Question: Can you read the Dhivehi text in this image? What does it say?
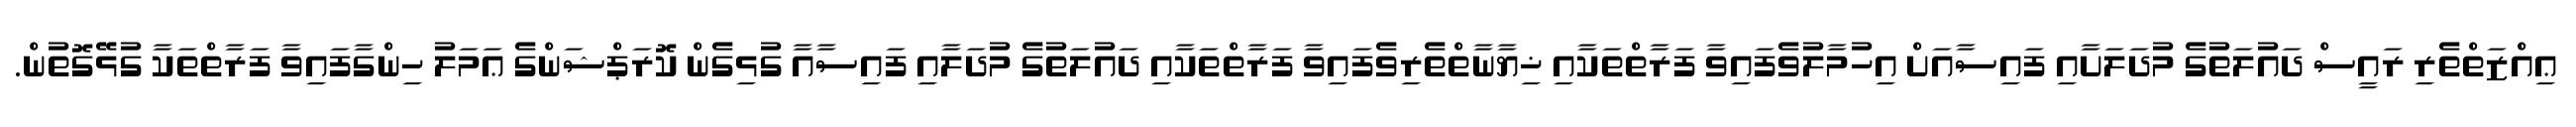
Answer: ޢިއްޒަތްތެރި ރައީސް ދައުލަތުގެ މުދަލަށާއި ފައިސާއަށް އިހުމާލުވެފައިވާ ފަރާތްތަކާއި ޚިޔާނާތްތެރިވެފައިވާ ފަރާތްތަކާއި ދައުލަތުގެ މުދަލާއި ފައިސާއާ ގުޅިގެން ކޮރަޕްޝަންގެ ޢަމަލު ހިންގާފައިވާ ފަރާތްތަކާ ގުޅޭގޮތުން.